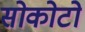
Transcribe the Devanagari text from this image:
सोकोटो